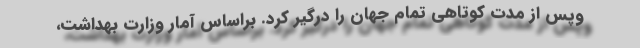
وپس از مدت کوتاهی تمام جهان را درگیر کرد. براساس آمار وزارت بهداشت،